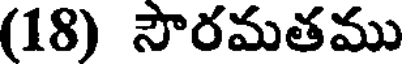
(18) సౌరమతము